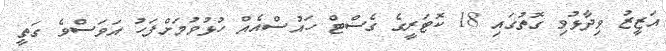
އަޒީޒު ވިދާޅުވި ގޮތުގައި 18 ކޮޓަރީގެ ގެސްޓް ހައުސްއެއް ހުޅުވުމަށްފަހު އަވަސްވެ ގަތީ